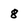
Character: 8